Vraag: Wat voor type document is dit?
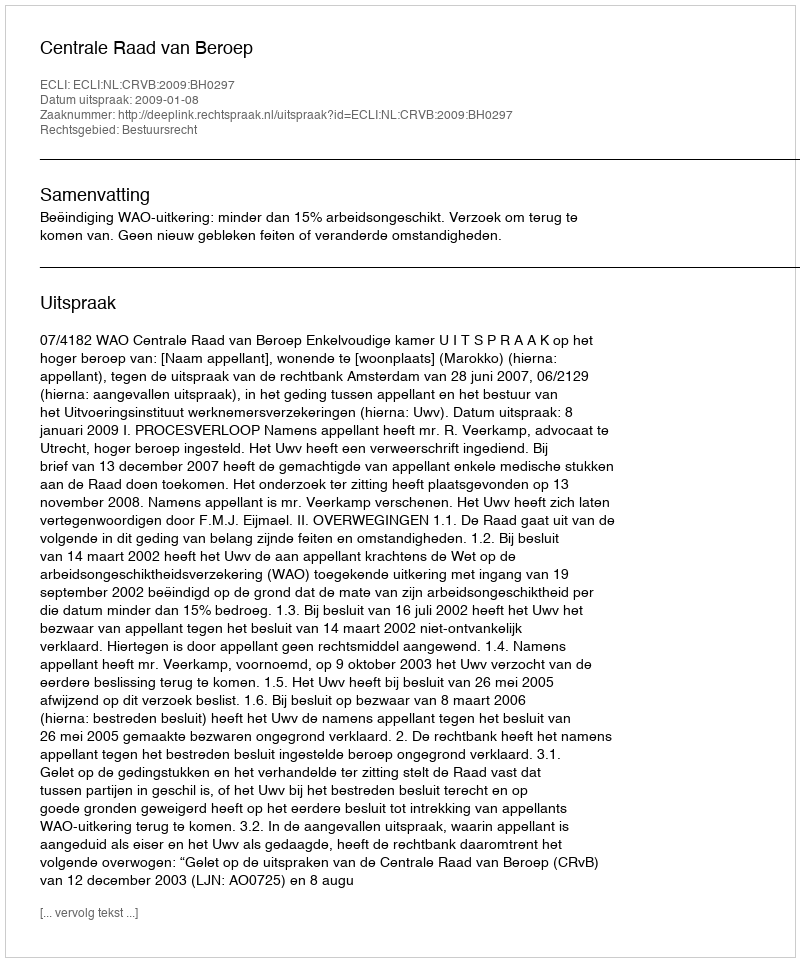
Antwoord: Uitspraak